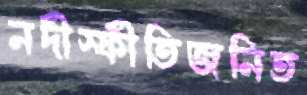
নদীস্ফীতিজনিত